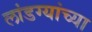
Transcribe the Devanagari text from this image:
लांडग्यांच्या